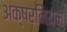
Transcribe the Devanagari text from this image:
अक्षरनियम